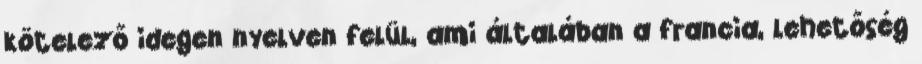
kötelező idegen nyelven felül, ami általában a francia, lehetőség